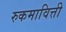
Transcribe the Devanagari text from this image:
रुकमावित्ती